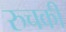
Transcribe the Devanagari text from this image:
रुचकी